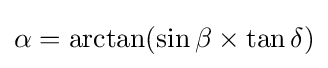
\alpha =\arctan(\sin \beta \times \tan \delta )